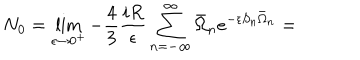
N _ { 0 } = \lim _ { \epsilon \rightarrow 0 ^ { + } } - \frac 4 3 \frac { i R } { \epsilon } \sum _ { n = - \infty } ^ { \infty } \bar { \Omega } _ { n } e ^ { - \epsilon S _ { n } \bar { \Omega } _ { n } } =